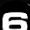
Digit: 6